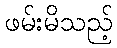
ဖမ်းမိသည့်